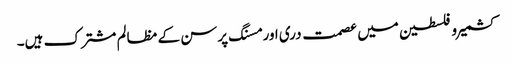
کشمیر و فلسطین میں عصمت دری اور مسنگ پرسن کے مظالم مشترک ہیں۔